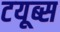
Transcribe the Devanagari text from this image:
टयूब्स